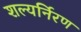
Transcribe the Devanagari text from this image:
शल्यर्निरण